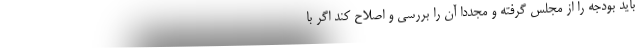
باید بودجه را از مجلس گرفته و مجددا آن را بررسی و اصلاح کند اگر با